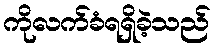
ကိုလက်ခံရရှိခဲ့သည်